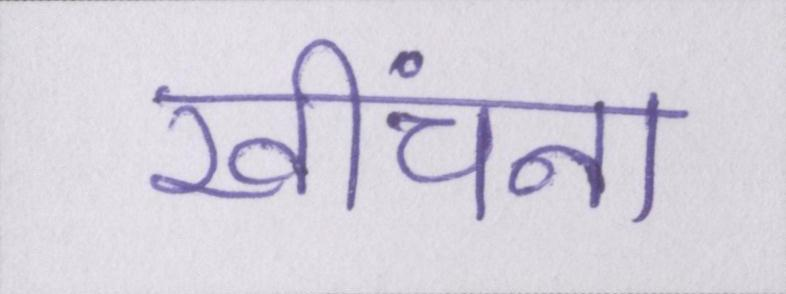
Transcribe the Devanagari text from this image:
खींचना